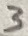
Text: 3